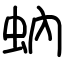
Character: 蚋